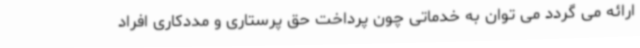
ارائه می گردد می توان به خدماتی چون پرداخت حق پرستاری و مددکاری افراد